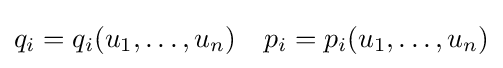
q_{i}=q_{i}(u_{1},\dotsc ,u_{n})\quad p_{i}=p_{i}(u_{1},\dotsc ,u_{n})